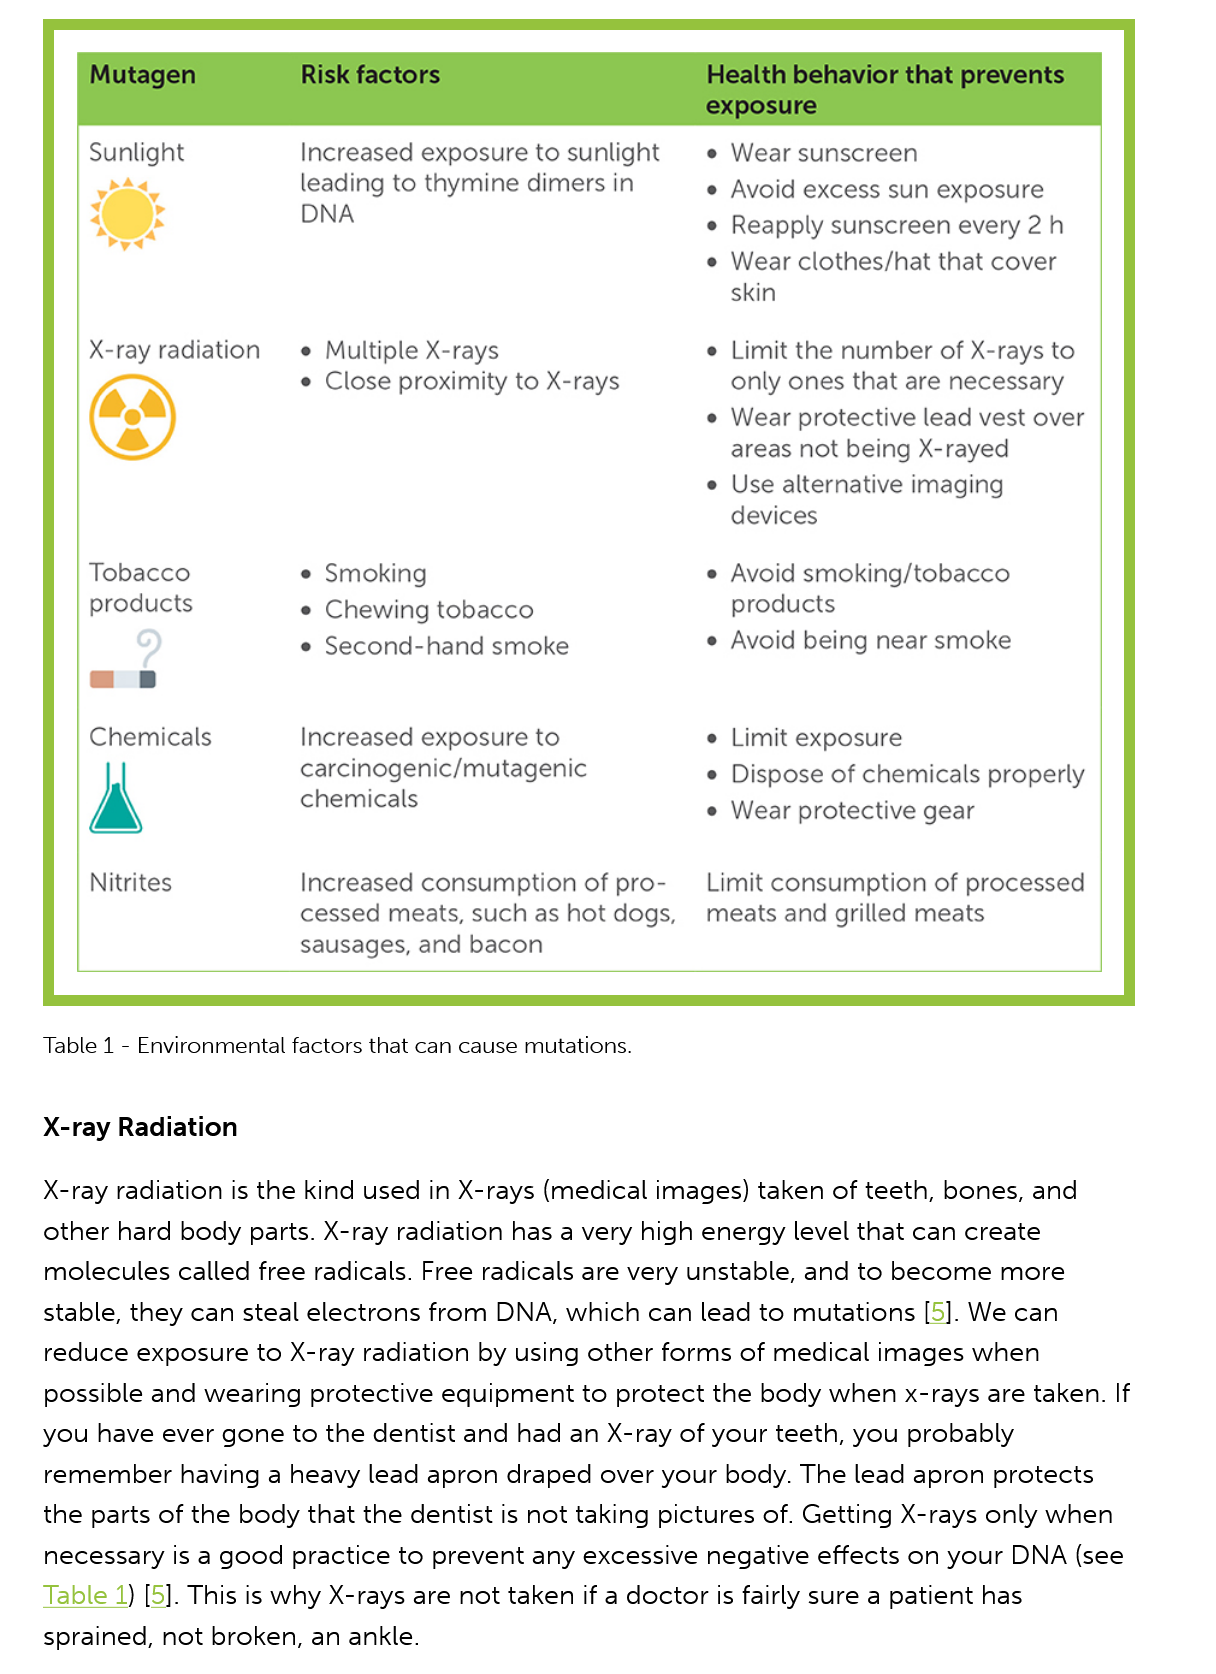
X-ray Radiation
    X-ray radiation is the kind used in X-rays (medical images) taken of teeth, bones, and
    other hard body parts. X-ray radiation has a very high energy level that can create
    molecules called free radicals. Free radicals are very unstable, and to become more
    stable, they can steal electrons from DNA, which can lead to mutations [5]. We can
    reduce exposure to X-ray radiation by using other forms of medical images when
    possible and wearing protective equipment to protect the body when x-rays are taken. If
   you have ever gone to the dentist and had an X-ray of your teeth, you probably
    remember having a heavy lead apron draped over your body. The lead apron protects
    the parts of the body that the dentist is not taking pictures of. Getting X-rays only when
    necessary is a good practice to prevent any excessive negative effects on your DNA (see
   Table 1) [5]. This is why X-rays are not taken if a doctor is fairly sure a patient has
    sprained, not broken, an ankle.
   Table 1
     -
     Environmental factors that can cause mutations.
     A
     Mutagen    Risk factors
     Sunlight
     X-ray radiation
     Tobacco
     products
     Chemicals
     Nitrites
     Increased exposure to sunlight
     leading to thymine dimers in
     DNA
     e Multiple X-rays
     ¢ Close proximity to X-rays
     e¢ Smoking
     ¢ Chewing tobacco
     e¢ Second-hand smoke
     Increased exposure to
     carcinogenic/mutagenic
     chemicals
     Increased consumption of pro-
     cessed meats, such as hot dogs,
     sausages, and bacon
     e Avoid excess sun exposure
     e Reapply sunscreen every 2h
     « Wear sunscreen
     ¢ Wear clothes/hat that cover
     skin
     ¢ Limit the number of X-rays to
     only ones that are necessary
     e Wear protective lead vest over
     areas not being X-rayed
     e Use alternative imaging
     devices
     e Avoid smoking/tobacco
     products
     ¢ Avoid being near smoke
     e Limit exposure
     e Dispose of chemicals properly
     e Wear protective gear
     Limit consumption of processed
     meats and grilled meats
     Health behavior that prevents
     exposure